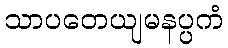
သာပတေယျမနပ္ပကံ